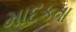
માદકતા